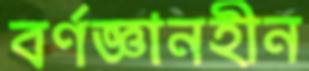
বর্ণজ্ঞানহীন